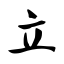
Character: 立